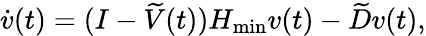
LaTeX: \dot{v}(t)=(I-\widetilde{V}(t))H_{\operatorname*{min}}v(t)-\widetilde{D}v(t),